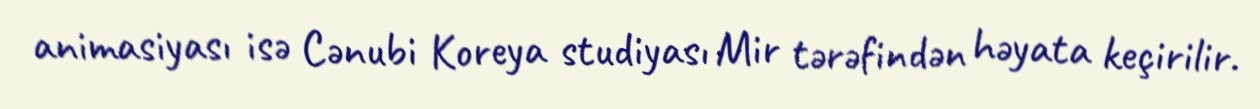
animasiyası isə Cənubi Koreya studiyası Mir tərəfindən həyata keçirilir.